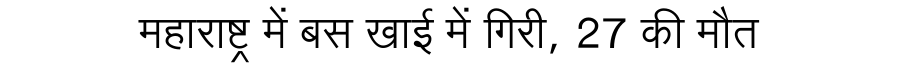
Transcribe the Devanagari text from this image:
महाराष्ट्र में बस खाई में गिरी, 27 की मौत